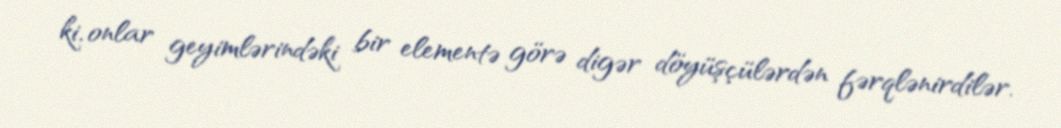
ki, onlar geyimlərindəki bir elementə görə digər döyüşçülərdən fərqlənirdilər.